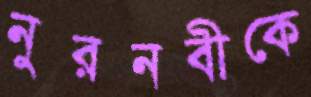
নুরনবীকে